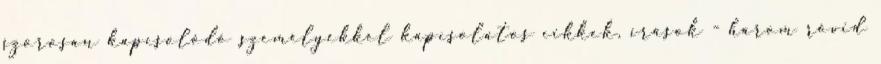
szorosan kapcsolódó személyekkel kapcsolatos cikkek, írások - három rövid